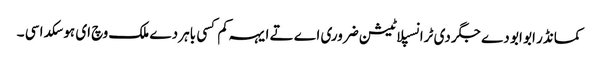
کمانڈر ابو ابو دے جگر دی ٹرانسپلاٹیشن ضروری اے تے ایہہ کم کسی باہر دے ملک وچ ای ہو سکدا سی ۔